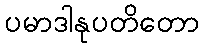
ပမာဒါနုပတိတော